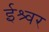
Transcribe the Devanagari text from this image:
ईश्र्वर